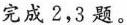
完成2，3题。